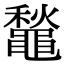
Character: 䵸